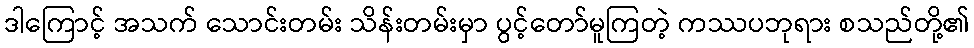
ဒါကြောင့် အသက် သောင်းတမ်း သိန်းတမ်းမှာ ပွင့်တော်မူကြတဲ့ ကဿပဘုရား စသည်တို့၏